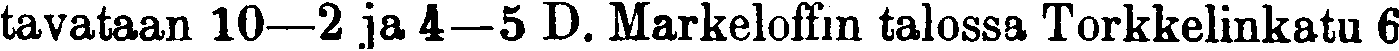
tavataan 10—2 ja 4—5 D. Markeloffin talossa Torkkelinkatu 6